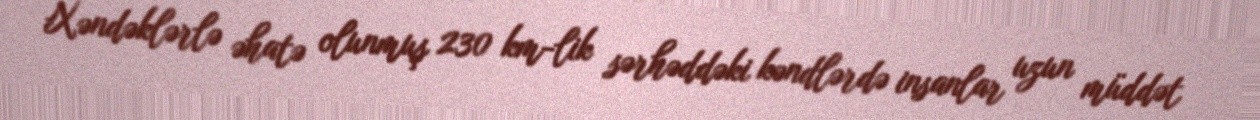
Xəndəklərlə əhatə olunmuş 230 km-lik sərhəddəki kəndlərdə insanlar uzun müddət